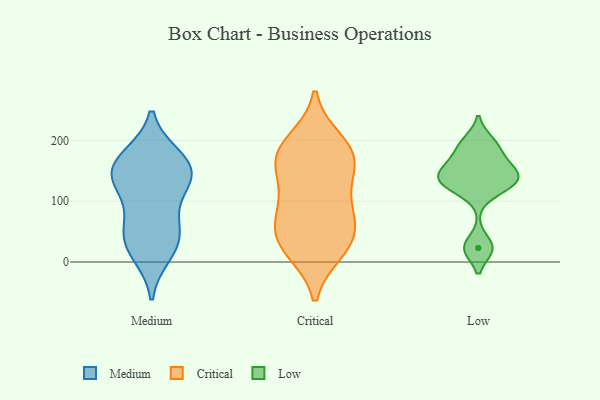
{"axis": {"x": "Operating Costs (USD K)", "y": "Value"}, "legend": ["Critical", "Low", "Medium"], "data": [{"x": "", "y": 123, "type": "Medium"}, {"x": "", "y": 27, "type": "Medium"}, {"x": "", "y": 137, "type": "Medium"}, {"x": "", "y": 157, "type": "Medium"}, {"x": "", "y": 141, "type": "Medium"}, {"x": "", "y": 14, "type": "Medium"}, {"x": "", "y": 74, "type": "Medium"}, {"x": "", "y": 143, "type": "Medium"}, {"x": "", "y": 170, "type": "Medium"}, {"x": "", "y": 43, "type": "Medium"}, {"x": "", "y": 49, "type": "Medium"}, {"x": "", "y": 172, "type": "Medium"}, {"x": "", "y": 18, "type": "Critical"}, {"x": "", "y": 107, "type": "Critical"}, {"x": "", "y": 19, "type": "Critical"}, {"x": "", "y": 66, "type": "Critical"}, {"x": "", "y": 162, "type": "Critical"}, {"x": "", "y": 163, "type": "Critical"}, {"x": "", "y": 77, "type": "Critical"}, {"x": "", "y": 122, "type": "Critical"}, {"x": "", "y": 177, "type": "Critical"}, {"x": "", "y": 40, "type": "Critical"}, {"x": "", "y": 199, "type": "Critical"}, {"x": "", "y": 167, "type": "Critical"}, {"x": "", "y": 31, "type": "Critical"}, {"x": "", "y": 192, "type": "Critical"}, {"x": "", "y": 68, "type": "Critical"}, {"x": "", "y": 147, "type": "Low"}, {"x": "", "y": 23, "type": "Low"}, {"x": "", "y": 121, "type": "Low"}, {"x": "", "y": 139, "type": "Low"}, {"x": "", "y": 152, "type": "Low"}, {"x": "", "y": 169, "type": "Low"}, {"x": "", "y": 124, "type": "Low"}, {"x": "", "y": 189, "type": "Low"}, {"x": "", "y": 198, "type": "Low"}, {"x": "", "y": 135, "type": "Low"}, {"x": "", "y": 23, "type": "Low"}]}